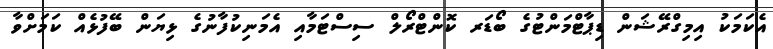
އެކަމަކު އިމިގްރޭޝަން ޑިޕާޓްމަންޓުގެ ބޯޑަރ ކޮންޓްރޯލް ސިސްޓަމާއި އެމަނިކުފާނުގެ ޅިޔަން ބޭފުޅެއް ކަމަށްވާ